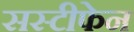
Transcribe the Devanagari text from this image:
सस्टीफेन